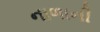
નાળાની